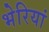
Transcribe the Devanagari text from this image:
भेरियां